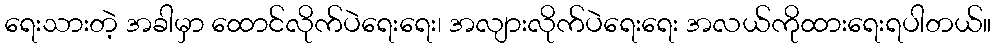
ရေးသားတဲ့ အခါမှာ ထောင်လိုက်ပဲရေးရေး၊ အလျားလိုက်ပဲရေးရေး အလယ်ကိုထားရေးရပါတယ်။